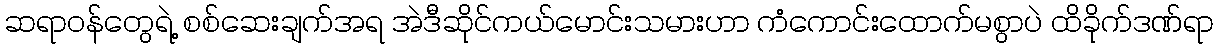
ဆရာဝန်တွေရဲ့ စစ်ဆေးချက်အရ အဲဒီဆိုင်ကယ်မောင်းသမားဟာ ကံကောင်းထောက်မစွာပဲ ထိခိုက်ဒဏ်ရာ